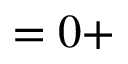
= 0 +